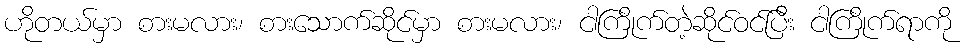
ဟိုတယ်မှာ စားမလား၊ စားသောက်ဆိုင်မှာ စားမလား၊ ငါကြိုက်တဲ့ဆိုင်ဝင်ပြီး ငါကြိုက်ရာကို